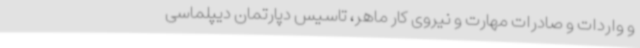
و واردات و صادرات مهارت و نیروی کار ماهر، تاسیس دپارتمان دیپلماسی